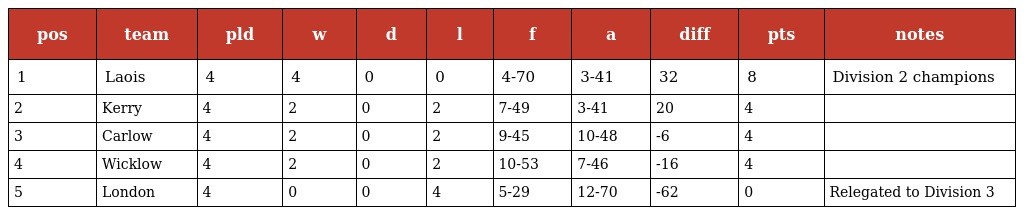
| pos | team | pld | w | d | l | f | a | diff | pts | notes |
 | --- | --- | --- | --- | --- | --- | --- | --- | --- | --- | --- |
 | 1 | Laois | 4 | 4 | 0 | 0 | 4-70 | 3-41 | 32 | 8 | Division 2 champions |
 | 2 | Kerry | 4 | 2 | 0 | 2 | 7-49 | 3-41 | 20 | 4 |  |
 | 3 | Carlow | 4 | 2 | 0 | 2 | 9-45 | 10-48 | -6 | 4 |  |
 | 4 | Wicklow | 4 | 2 | 0 | 2 | 10-53 | 7-46 | -16 | 4 |  |
 | 5 | London | 4 | 0 | 0 | 4 | 5-29 | 12-70 | -62 | 0 | Relegated to Division 3 |